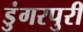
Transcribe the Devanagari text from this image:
डुंगरपुरी